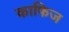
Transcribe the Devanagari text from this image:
काफिज